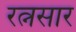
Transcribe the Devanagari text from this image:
रत्नसार